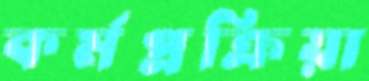
কর্মপ্রক্রিয়া